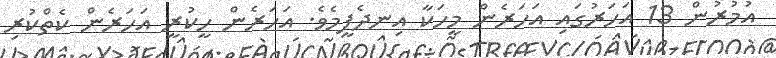
އުމުރުން 13 އަހަރުގައި އަހަރެން މީހަކާ އިނދެފީމެވެ. އަހަރެން ހީކުރީ އަހަރެން ކެތްކުރި